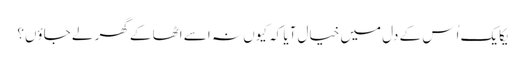
یکایک اُس کے دل میں خیال آیا کہ کیوں نہ اسے اٹھا کے گھر لے جاؤں؟